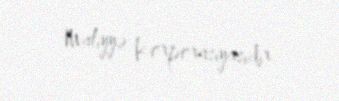
Maliyyə Korporasiyasıdır.